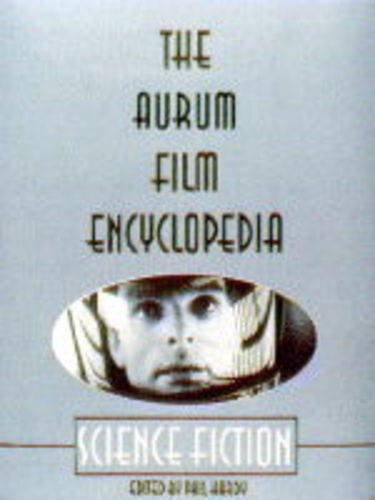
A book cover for THE AURUM FILM ENCYCLOPEDIA: SCIENCE FICTION.; Phil (Editor). Hardy; Reference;